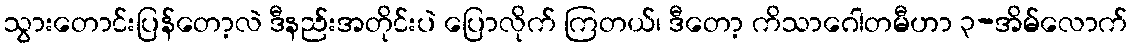
သွားတောင်းပြန်တော့လဲ ဒီနည်းအတိုင်းပဲ ပြောလိုက် ကြတယ်၊ ဒီတော့ ကိသာဂေါတမီဟာ ၃-အိမ်လောက်